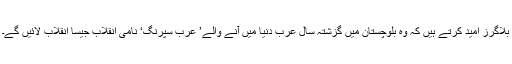
بلاگرز امید کرتے ہیں کہ وہ بلوچستان میں گزشتہ سال عرب دنیا میں آنے والے’ عرب سپرنگ‘ نامی انقلاب جیسا انقلاب لائیں گے۔